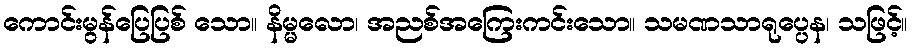
ကောင်းမွန်ပြေပြစ် သော။ နိမ္မလော၊ အညစ်အကြေးကင်းသော။ သမဏသာရုပ္ပေန၊ သဖြင့်။